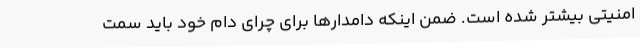
امنیتی بیشتر شده است. ضمن اینکه دامدارها برای چرای دام خود باید سمت